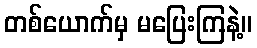
တစ်ယောက်မှ မပြေးကြနဲ့။